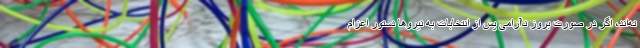
ته‌اند، اگر در صورت بروز ناآرامی پس از انتخابات به نیروها دستور اعزام